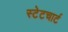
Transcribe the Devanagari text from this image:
स्टेटचार्ट